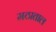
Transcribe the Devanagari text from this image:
मठाताल